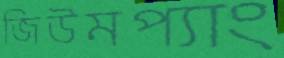
জিউমপ্যাং